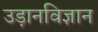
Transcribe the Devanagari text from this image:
उड़ानविज्ञान